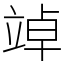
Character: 竨